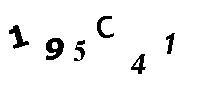
195C41